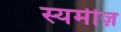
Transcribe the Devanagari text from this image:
स्यमीज़